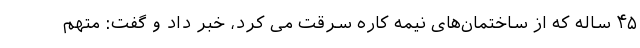
۴۵ ساله که از ساختمان‌های نیمه کاره سرقت می کرد، خبر داد و گفت: متهم